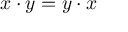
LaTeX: x \cdot y = y \cdot x